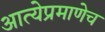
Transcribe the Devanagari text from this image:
आत्येप्रमाणेच